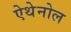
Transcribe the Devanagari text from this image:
ऐथेनोल